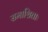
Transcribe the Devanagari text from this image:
समाश्रिताः